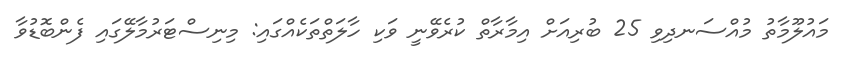
މައުލޫމާތު މުއްސަނދިވި 25 ބުރިއަށް އިމާރާތް ކުރެވޭނީ ވަކި ހާލަތްތަކެއްގައި: މިނިސްޓަރުމާލޭގައި ފެންބޮޑުވާ